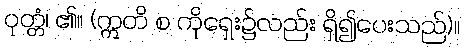
ဝုတ္တံ၊ ၏။ (ဣတိ စ ကိုရှေး၌လည်း ရှိ၍ပေးသည်)။